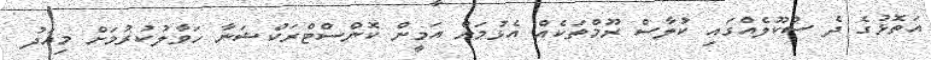
އަތޮޅުގެ ދެ ސުކޫލެއްގައި ކުލާސް ރޫމްތަކެއް އެޅުމަށް އަމީން ކޮންސްޓްރަކްޝަނާ ހަވާލުކުރުމަށް މިއަދު